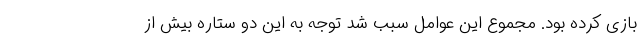
بازی کرده بود. مجموع این عوامل سبب شد توجه به این دو ستاره بیش از